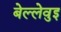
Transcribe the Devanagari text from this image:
बेल्लेवुइ